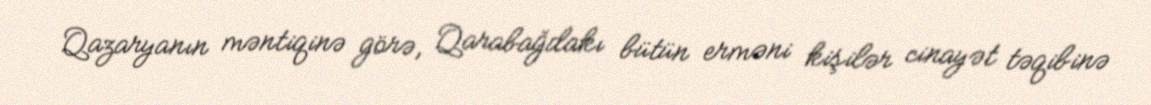
Qazaryanın məntiqinə görə, Qarabağdakı bütün erməni kişilər cinayət təqibinə